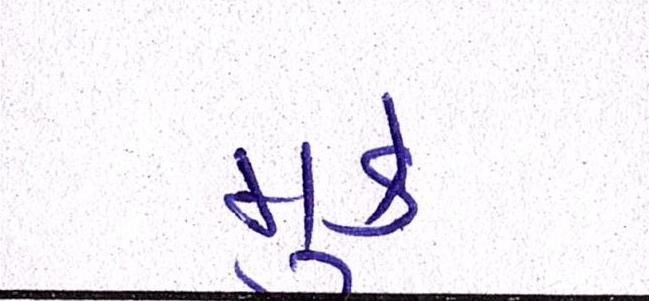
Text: મૂકે